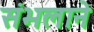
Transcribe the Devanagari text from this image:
संभलाने